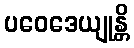
ပဝေဒေယျုန္တိ